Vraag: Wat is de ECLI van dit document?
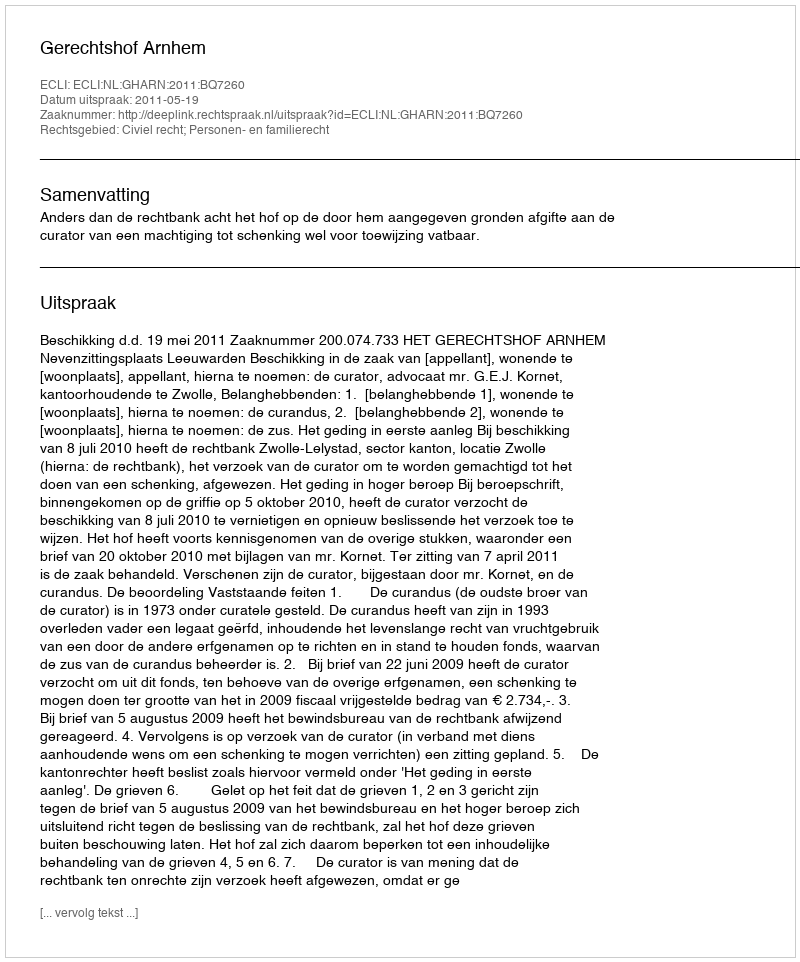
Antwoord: ECLI:NL:GHARN:2011:BQ7260